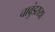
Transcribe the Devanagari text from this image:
चावुंडराया